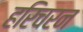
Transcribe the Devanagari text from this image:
हरिचरन